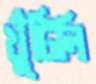
খুঁটিলি